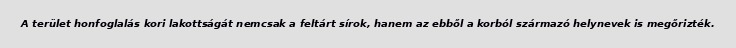
A terület honfoglalás kori lakottságát nemcsak a feltárt sírok, hanem az ebből a korból származó helynevek is megőrizték.